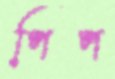
পিপ